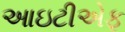
આઇટીએફ